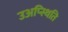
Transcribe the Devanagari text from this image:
उअप्स्थिति